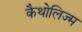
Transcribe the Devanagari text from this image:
कैथोलिज्म